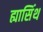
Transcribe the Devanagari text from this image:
ह्यासिंथ